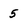
Character: 5